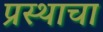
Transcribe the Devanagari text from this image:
प्रस्थाचा